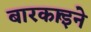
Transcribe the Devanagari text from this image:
बारकार्इने